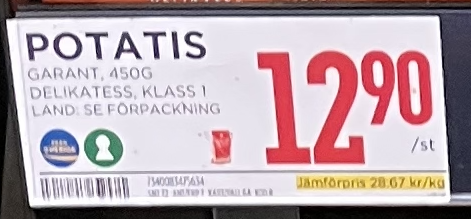
Vara: Potatos
Genomsnittspris: 28.67 per kg